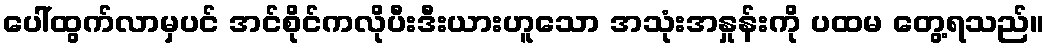
ပေါ်ထွက်လာမှပင် အင်စိုင်ကလိုပီးဒီးယားဟူသော အသုံးအနှုန်းကို ပထမ တွေ့ရသည်။